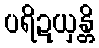
ပရိဍယှန္တိ